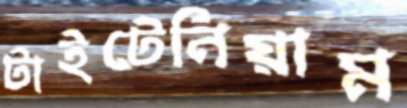
টাইটেনিয়াম